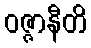
ဝဇ္ဇာနီတိ